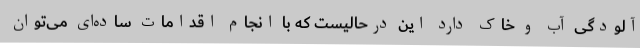
آلودگی‌ آب و خاک دارد این درحالیست که با انجام اقدامات ساده‌ای می‌توان